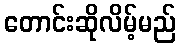
တောင်းဆိုလိမ့်မည်